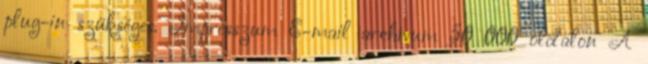
plug-in szükséges. Impresszum E-mail archívum 50 000 oldalon A